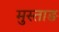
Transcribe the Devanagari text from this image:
मुस्ताङ